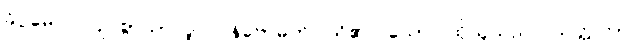
ခိပ္ပမေဝ၊ လျင်စွာသာလျှင်။ နိဗောဓတိ၊ သိ၏။ သော၊ ထိုသူသည်။ သတ္တုကာ၊